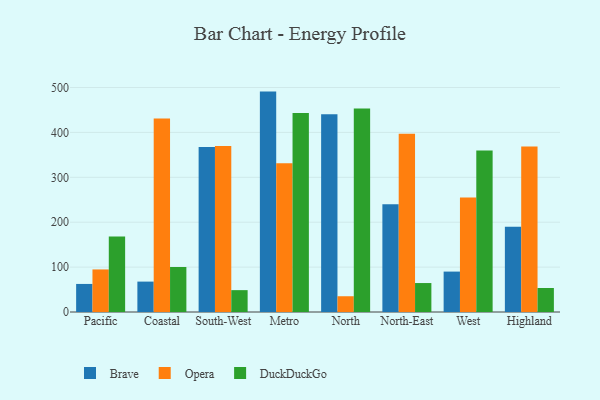
{"axis": {"x": "Region", "y": "Inventory Turnover"}, "legend": ["Brave", "DuckDuckGo", "Opera"], "data": [{"x": "Pacific", "y": 62.5, "type": "Brave"}, {"x": "Pacific", "y": 94.8, "type": "Opera"}, {"x": "Pacific", "y": 167.9, "type": "DuckDuckGo"}, {"x": "Coastal", "y": 67.7, "type": "Brave"}, {"x": "Coastal", "y": 430.8, "type": "Opera"}, {"x": "Coastal", "y": 100.3, "type": "DuckDuckGo"}, {"x": "South-West", "y": 367.3, "type": "Brave"}, {"x": "South-West", "y": 369.9, "type": "Opera"}, {"x": "South-West", "y": 48.7, "type": "DuckDuckGo"}, {"x": "Metro", "y": 490.9, "type": "Brave"}, {"x": "Metro", "y": 331.4, "type": "Opera"}, {"x": "Metro", "y": 443.5, "type": "DuckDuckGo"}, {"x": "North", "y": 440.6, "type": "Brave"}, {"x": "North", "y": 35.1, "type": "Opera"}, {"x": "North", "y": 453.0, "type": "DuckDuckGo"}, {"x": "North-East", "y": 239.9, "type": "Brave"}, {"x": "North-East", "y": 397.2, "type": "Opera"}, {"x": "North-East", "y": 64.5, "type": "DuckDuckGo"}, {"x": "West", "y": 90.0, "type": "Brave"}, {"x": "West", "y": 255.3, "type": "Opera"}, {"x": "West", "y": 359.8, "type": "DuckDuckGo"}, {"x": "Highland", "y": 190.1, "type": "Brave"}, {"x": "Highland", "y": 368.5, "type": "Opera"}, {"x": "Highland", "y": 53.5, "type": "DuckDuckGo"}]}